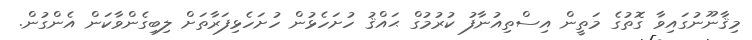
މިޤާނޫނުގައިވާ ގޮތުގެ މަތީން އިސްތިއުނާފު ކުރުމުގް ޙައްޤު ހުށަހެޅުން ހުށަހެޅިފަރާތަށް ލިބިގެންވާކަން އެންގުން.